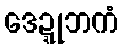
ဒေဍ္ဍုဘကံ